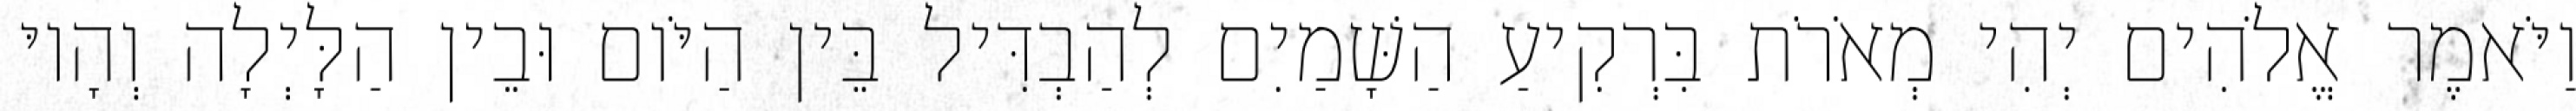
וַיֹּאמֶר אֱלֹהִים יְהִי מְאֹרֹת בִּרְקִיעַ הַשָּׁמַיִם לְהַבְדִּיל בֵּין הַיֹּום וּבֵין הַלָּיְלָה וְהָיוּ